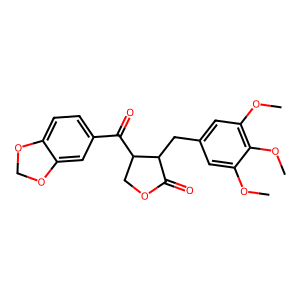
SMILES: COc1cc(CC2C(=O)OCC2C(=O)c2ccc3c(c2)OCO3)cc(OC)c1OC
Inhibits HIV replication: No